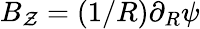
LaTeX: B_{\mathcal{Z}}=(1/R)\partial_{R}\psi